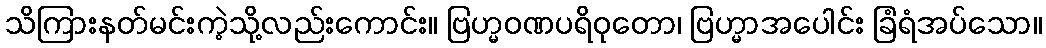
သိကြားနတ်မင်းကဲ့သို့လည်းကောင်း။ ဗြဟ္မဝဏပရိဝုတော၊ ဗြဟ္မာအပေါင်း ခြံရံအပ်သော။